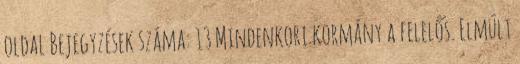
oldal Bejegyzések száma: 13 Mindenkori kormány a felelős. Elmúlt